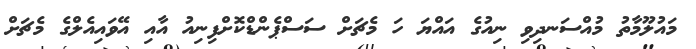
މައުލޫމާތު މުއްސަނދިވި ނިއުގެ އައްޔަ ހަ މެޗަށް ސަސްޕެންޑްކޮށްފިނިއު އާއި އޭވައިއެލްގެ މެޗަށް